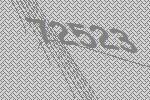
72523